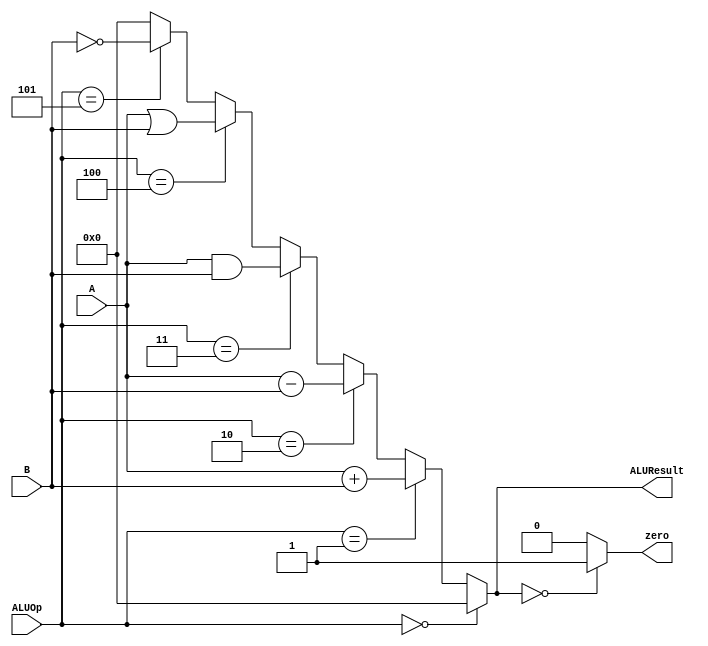
`timescale 1ns/1ns
module ALU (A, B, ALUOp, zero, ALUResult);
  input signed [15:0] A, B;
  input [2:0] ALUOp;
  output zero;
  output signed [15:0] ALUResult;
  assign ALUResult = (ALUOp == 3'b000) ? 15'b0 : 
                      ((ALUOp == 3'b001) ? A + B : 
                        ((ALUOp == 3'b010) ? A - B : 
                          ((ALUOp == 3'b011) ? A & B : 
                            ((ALUOp == 3'b100) ? A | B : 
                              ((ALUOp == 3'b101) ? ~B : 15'b0)))));
  assign zero = (ALUResult == 0) ? 1'b1 : 1'b0;
endmodule